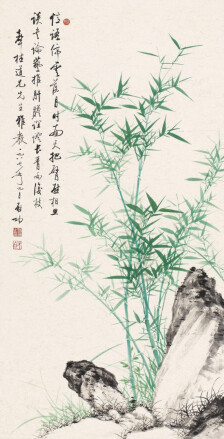
暗相思，无处说，惆怅夜来烟月。